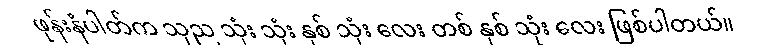
ဖုန်းနံပါတ်က သုည သုံး သုံး နှစ် သုံး လေး တစ် နှစ် သုံး လေး ဖြစ်ပါတယ်။